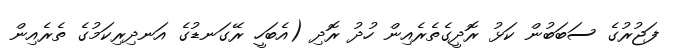
ފަޖުރުގެ ސަބަބުން ކަޅު ރޮދީގެތެރެއިން ހުދު ރޮދި (އެބަހީ ރޭގަނޑުގެ އަނދިރިކަމުގެ ތެރެއިން